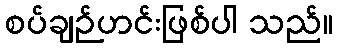
စပ်ချဉ်ဟင်းဖြစ်ပါ သည်။